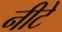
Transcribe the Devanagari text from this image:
नीटे